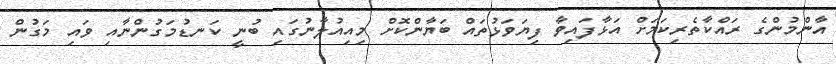
އާންމުންގެ ރައްކާތެރިކަމަށް އަޅާފައިވާ ފިޔަވަޅުތައް ބަޔާންކޮށް މިއިއުލާނުގައި ބުނީ ކަނޑުމަގުންނާއި ވައި މަގުން